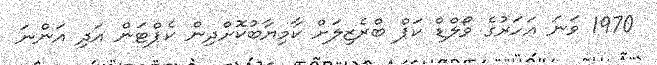
1970 ވަނަ އަހަރުގެ ވޯލްޑް ކަޕް ބްރެޒިލަށް ކާމިޔާބުކޮށްދިން ކެޕްޓަން އަދި އަންނަ